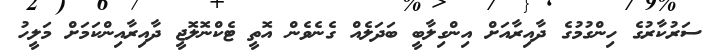
ސަރުކާރުގެ ހިންގުމުގެ ދާއިރާއަށް އިންގިލާބީ ބަދަލެއް ގެނެވެން އޮތީ ޓެކްނޮލޮޖީ ދާއިރާއިންކަމަށް މަލީހު